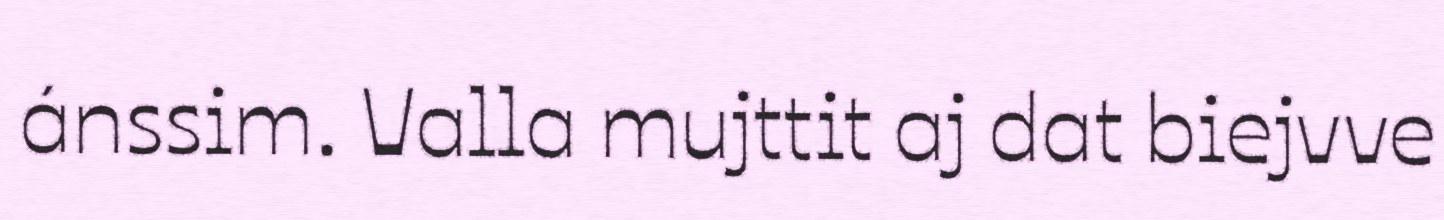
ánssim. Valla mujttit aj dat biejvve